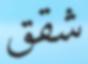
شقق